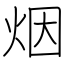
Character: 烟